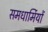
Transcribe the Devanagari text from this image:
समधार्मियों